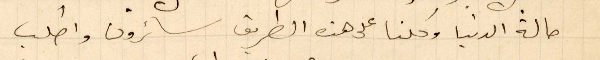
حالة الدنيا وكلنا على هذه الطريق سائرون واطلب